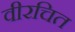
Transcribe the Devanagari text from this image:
वीरचित